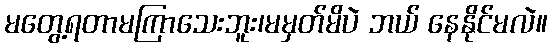
မတွေ့ရတာမကြာသေးဘူး၊မမှတ်မိပဲ ဘယ် နေနိုင်မလဲ။